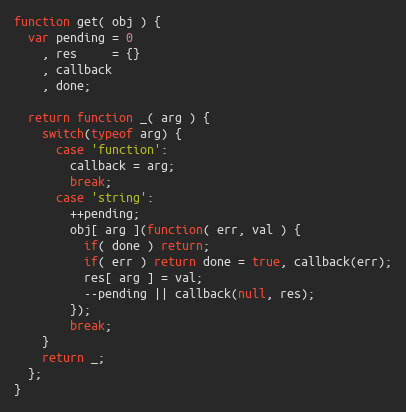
Language: JavaScript
function get( obj ) {
  var pending = 0
    , res     = {}
    , callback
    , done;

  return function _( arg ) {
    switch(typeof arg) {
      case 'function':
        callback = arg;
        break;
      case 'string':
        ++pending;
        obj[ arg ](function( err, val ) {
          if( done ) return;
          if( err ) return done = true, callback(err);
          res[ arg ] = val;
          --pending || callback(null, res);
        });
        break;
    }
    return _;
  };
}